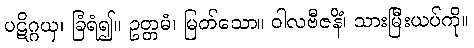
ပဋိဂ္ဂယှ၊ ခြံရံ၍။ ဥတ္တမံ၊ မြတ်သော။ ဝါလဗီဇနိံ၊ သားမြီးယပ်ကို။